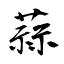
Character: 蒜